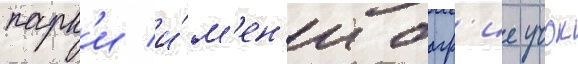
парк'и и́м'ен'и багр'ие учок